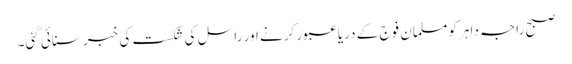
صبح راجہ داہر کو مسلمان فوج کے دریا عبور کرنے اور راسل کی شکست کی خبر سنائی گئی۔